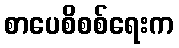
စာပေစိစစ်ရေးက